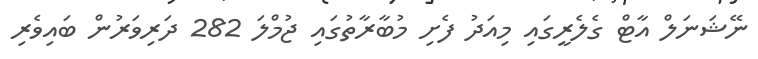
ނޭޝަނަލް އާޓް ގެލެރީގައި މިއަދު ފެށި މުބާރާތުގައި ޖުމްލަ 282 ދަރިވަރުން ބައިވެރި